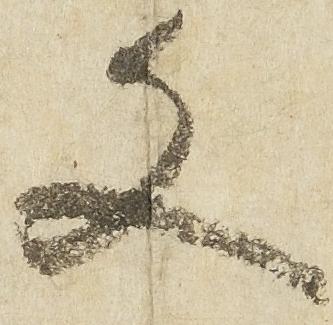
文